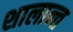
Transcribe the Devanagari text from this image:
शालान्‍त